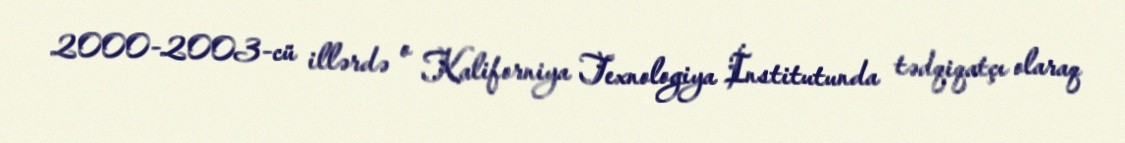
2000-2003-cü illərdə o Kaliforniya Texnologiya İnstitutunda tədqiqatçı olaraq